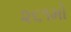
૨૬૧મો